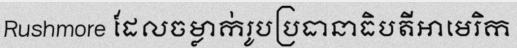
Rushmore ដែលចម្លាក់រូបប្រធានាធិបតីអាមេរិក